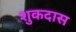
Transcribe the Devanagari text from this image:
शुकदास